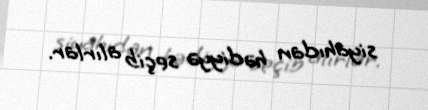
siyahıdan hədiyyə seçib alırlar.